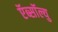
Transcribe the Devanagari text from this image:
ऍब्सॉल्यु